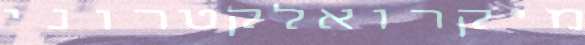
מיקרואלקטרוני